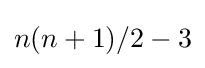
n(n+1)/2-3